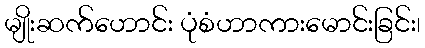
မျိုးဆက်ဟောင်း ပုံစံဟာကားမောင်းခြင်း၊